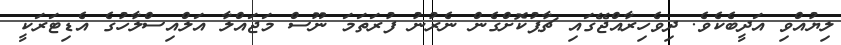
ލިޔުއްވި އަދީބެކެވެ. ދިވެހިރާއްޖޭގައި ޗާޕުކޮށްގެން ނެރުނު ފުރަތަމަ ނޫސް މަޖައްލާ އަލްއިސްލާހުގެ އެޑިޓަރަކީ